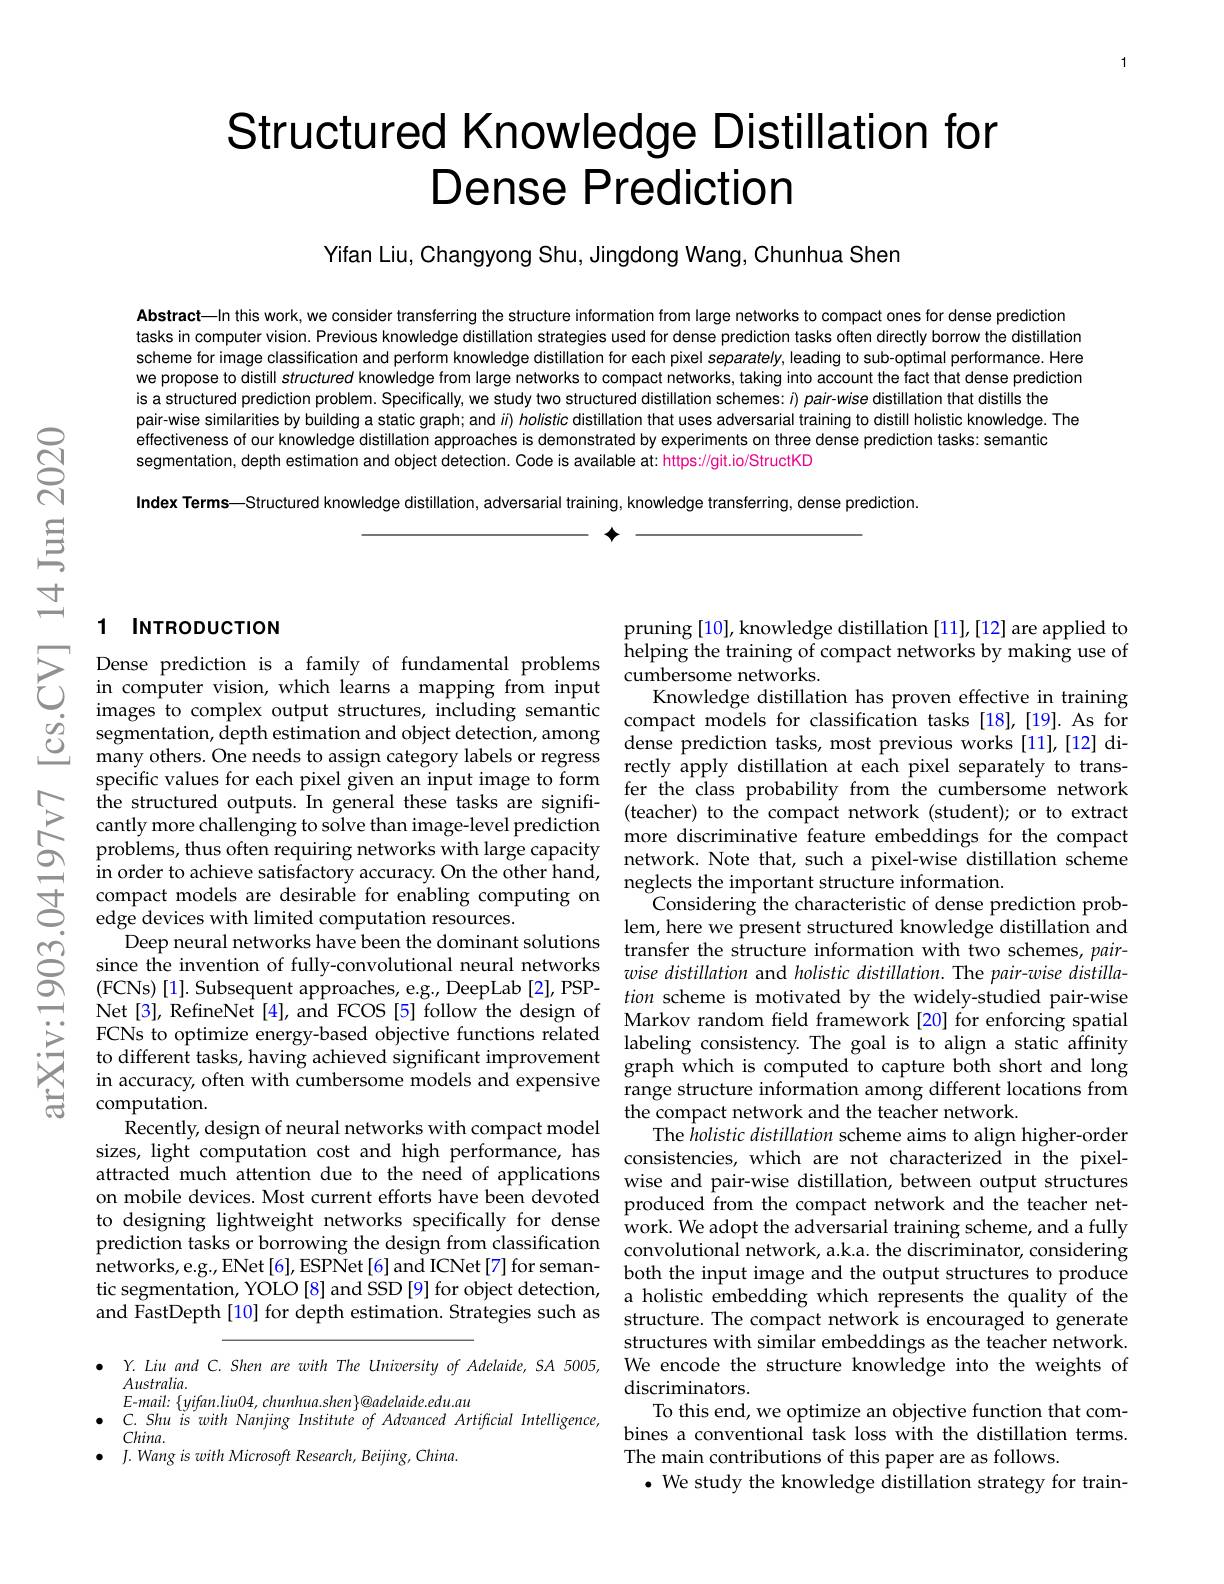
# Structured Knowledge Distillation for Dense Prediction

Yifan Liu, Changyong Shu, Jingdong Wang, Chunhua Shen

Abstract—In this work, we consider transferring the structure information from large networks to compact ones for dense prediction tasks in computer vision. Previous knowledge distillation strategies used for dense prediction tasks often directly borrow the distillation scheme for image classification and perform knowledge distillation for each pixel separately, leading to sub-optimal performance. Here we propose to distill struct is a structured prediction problem. Specifically, we study two structured distillation schemes: $i) \textit{pair- wise distillation that distills the}$
pair-wise similarities by bu
effectiveness of our knowledge distillation approaches is demonstrated by experiments on three dense prediction tasks: semantic
segmentation, depth estimati

Index Terms—Structured knowl

$\textbf{个 }$

### 1 INTRODUCTION

Dense prediction is a family of fundamental problemshelpignthet trainingof compact networks by making use of jin computer vision, whchch learns a mapping from iputcumbersome networks. images to complex output structures, including semant
specific values for each pixel given an input im cantly more challenging to s in order to achieve satisfac
m order to achleve sattsractory accuracy. On tne otner hand, neglects the important structure information. compact models arerable for enabling computing on Considering the characteristic of dense p
edge devices with limited computation resources.
Deep neural networks have been the dominant solutions since the invention of fully ( FCNs) [ 1] . Subsequent approaches, eg, DeepLab[ 2] , PSP- $wise^{\prime }ushullon$ alutholshed by the widely- studied pair- wise Net[ 3] , RefineNet [ 4] , and FCCS [ 5] follow the design oftion scheme is motivated by the widely- studied pair- wise FCNs to ontim $\begin{array}{c}\text{to different tasks, having achieved significant improvement}&\text{graph which is computed to capture both short and long}\\\text{in accuracy, often with cumbersome models and expensive}&\text{range structure information among different locations from}\end{array}$ computation.
Recently, design of neural networks with compact model
sizes, light computation cos attracted much attention due to the need of applications wise and pair-wise distillation, between output structures on mobile devices. Most current efforts have been devoted to designing lightweight net prediction tasks or borrowin
$\hat{n}$etworks, e. g. , ENet[ 6] , E tic segmentation, YOLO [8] a and FastDepth [10] for depth

$Australia.$
$E-mail:\{yifan.liu04,chunhua$
$\bullet$ $C. ShuiswithNanjingInstitu$
$China.$
$\bullet$ $J.$ Wang is with Microsof

pruning [10], knowledge distillation [11], [12] are applied to helping the training of comp network. Note that, such a pixel-wise distillation scheme
Considering the characterist lem, here we present structured knowledge distillation and transfer the structure information with two schemes, pairwise distillation and holistic distillation. The pair-wise distillarange structure information among different locations from the compact network and the teacher network.
The holistic distillation scheme aims to align higher-order produced from the compact network and the teacher network. We adopt the adversarial training scheme, and a fully both the input image and the output structures to produce a holistic embedding which represents the quality of the structures with similar embeddings as the teacher network.
$Y.Liuand$ C. Shen are with The University of Adelaide, SA 5005, We encode the structure knowledge into the weights of
discriminators.
To this end, we optimize an objective function that combines a conventional task lo The main contributions of th
$\bullet$ We study the knowledge distillation strategy for train-